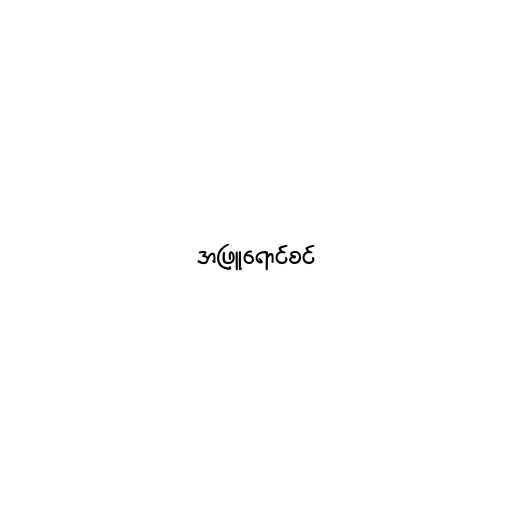
အဖြူရောင်စင်